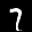
Label: 7